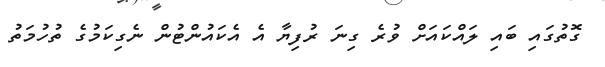
ގޮތުގައި ބައި ލައްކައަށް ވުރެ ގިނަ ރުފިޔާ އެ އެކައުންޓުން ނެގިކަމުގެ ތުހުމަތު